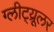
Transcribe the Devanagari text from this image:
ग्लीट्य्रूलर